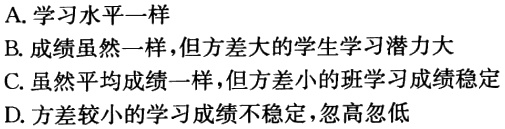
A. 学习水平一样
B. 成绩虽然一样，但方差大的学生学习潜力大
C. 虽然平均成绩一样，但方差小的班学习成绩稳定
D. 方差较小的学习成绩不稳定，忽高忽低